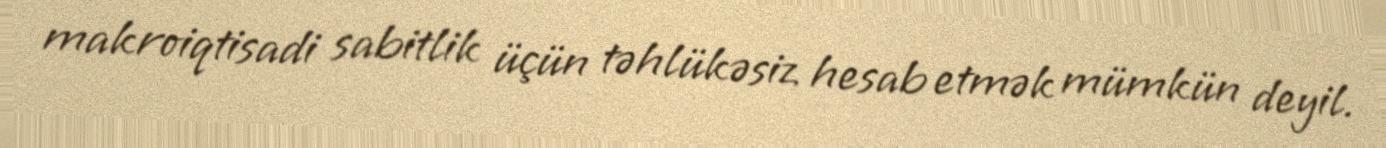
makroiqtisadi sabitlik üçün təhlükəsiz hesab etmək mümkün deyil.